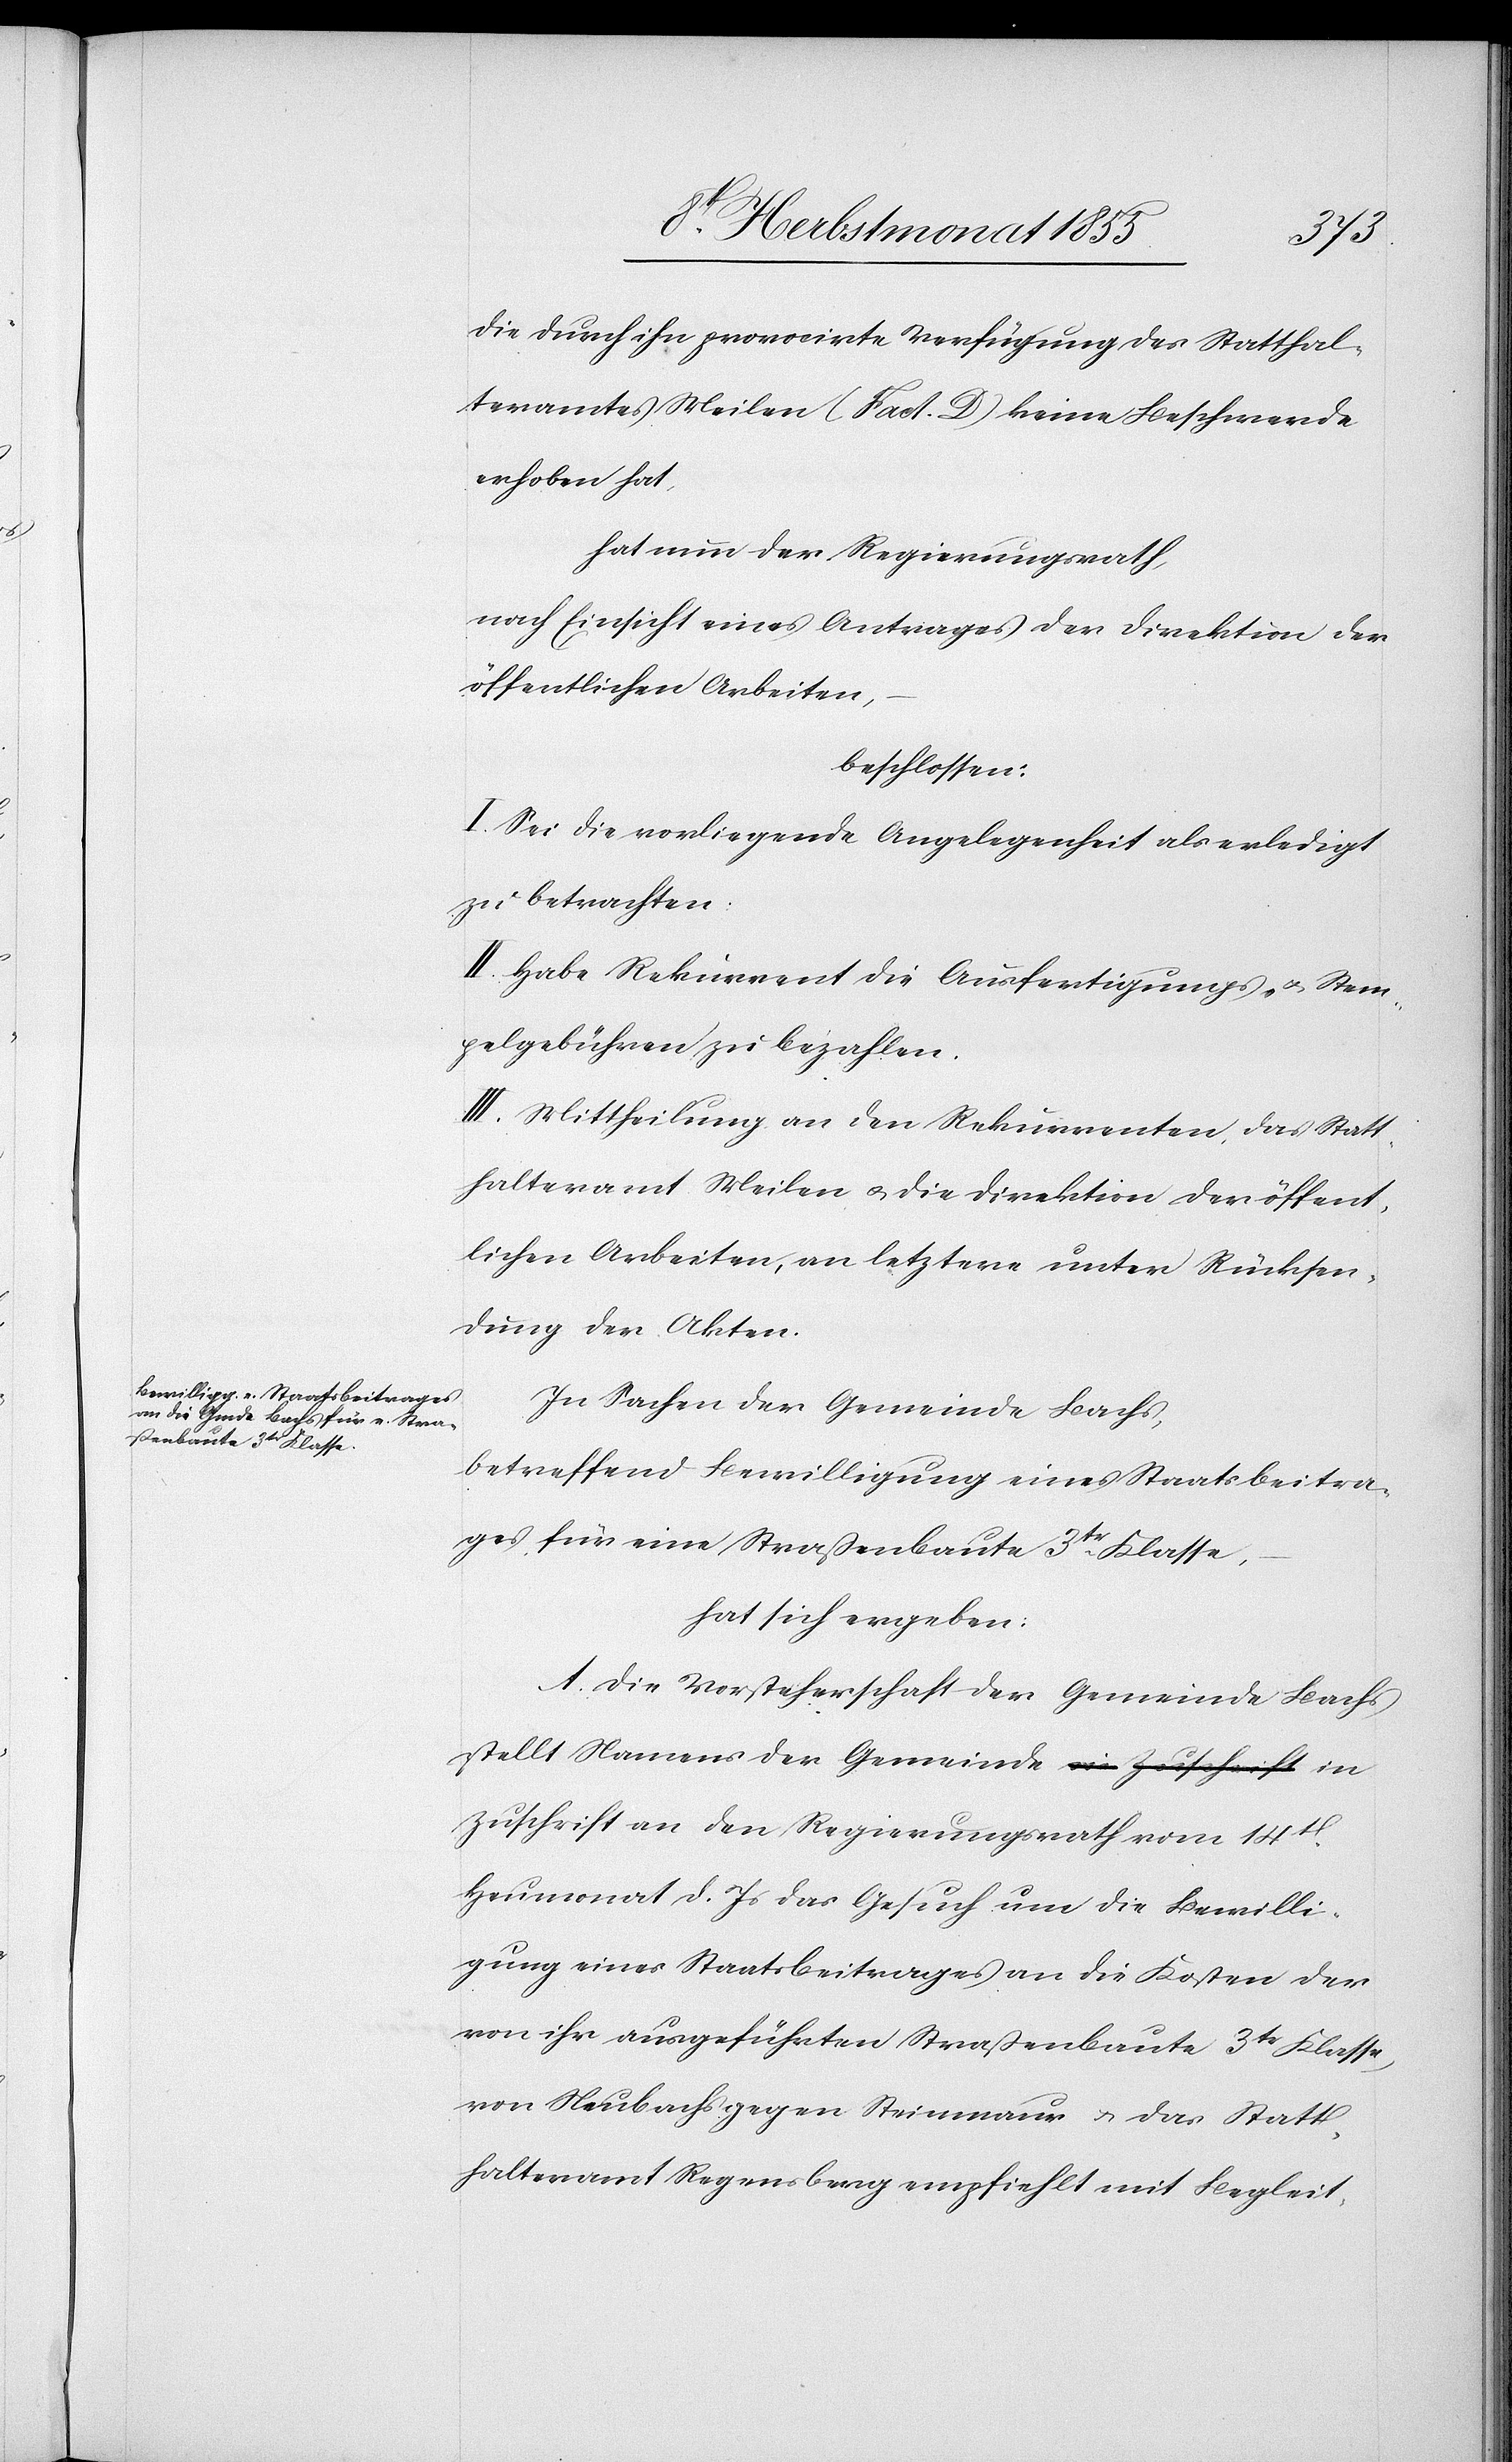
die durch ihn provocirte Verfügung des Statthal¬
teramtes Meilen (Fact. D) keine Beschwerde
erhoben hat,
hat nun der Regierungsrath,
nach Einsicht eines Antrages der Direktion der
öffentlichen Arbeiten,
beschlossen:
I. Sei die vorliegende Angelegenheit als erledigt
zu betrachten:
II. Habe Rekurrent die Ausfertigungs- & Stem¬
pelgebühren zu bezahlen.
III. Mittheilung an den Rekurrenten, das Statt¬
halteramt Meilen & die Direktion der öffent¬
lichen Arbeiten, an letztere unter Rücksen¬
dung der Akten.
In Sachen der Gemeinde Bachs,
betreffend Bewilligung eines Staatsbeitra¬
ges für eine Straßenbaute 3tr. Klasse,
hat sich ergeben:
A. Die Vorsteherschaft der Gemeinde Bachs
stellt Namens der Gemeinde a-in Zuschrift-a in
Zuschrift an den Regierungsrath vom 14t.
Heumonat d. Js das Gesuch um die Bewilli¬
gung eines Staatsbeitrages an die Kosten der
von ihr ausgeführten Straßenbaute 3tr Klasse,
von Neubachs gegen Steinmaur & das Statt¬
halteramt Regensberg empfiehlt mit Begleit-